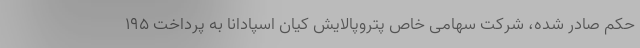
حکم صادر شده، شرکت سهامی خاص پتروپالایش کیان اسپادانا به پرداخت ۱۹۵